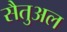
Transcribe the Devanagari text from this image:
सैतुअल